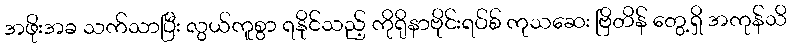
အဖိုးအခ သက်သာပြီး လွယ်ကူစွာ ရနိုင်သည့် ကိုရိုနာဗိုင်းရပ်စ် ကုသဆေး ဗြိတိန် တွေ့ရှိ အကုန်သိ